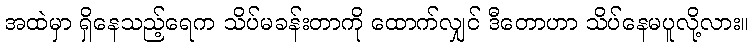
အထဲမှာ ရှိနေသည့်ရေက သိပ်မခန်းတာကို ထောက်လျှင် ဒီတောဟာ သိပ်နေမပူလို့လား။